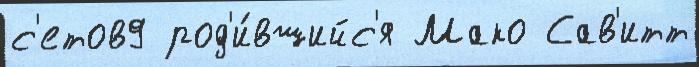
с'етов9 род'и́вшийс'я Мако Сав'итт